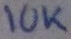
Text: 10K